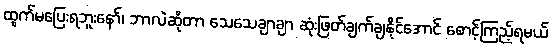
ထွက်မပြေးရဘူးနော်၊ ဘာလဲဆိုတာ သေသေချာချာ ဆုံးဖြတ်ချက်ချနိုင်အောင် စောင့်ကြည့်ရမယ်